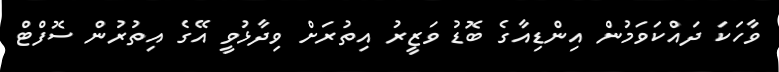
ވާހަކަ ދައްކަވަމުން އިންޑިއާގެ ބޮޑު ވަޒީރު އިތުރަށް ވިދާޅުވީ އޭގެ އިތުރުން ސޮފްޓް